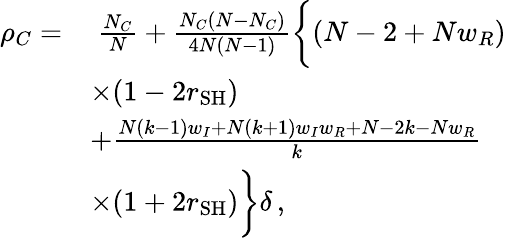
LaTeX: \begin{array}{rl}{\rho_{C}=}&{~\frac{N_{C}}{N}+\frac{N_{C}(N-N_{C})}{4N(N-1)}\bigg\{ (N-2+Nw_{R})}\\ &{\times(1-2r_{\mathrm{SH}})}\\ &{+\frac{N(k-1)w_{I}+N(k+1)w_{I}w_{R}+N-2k-Nw_{R}}{k}}\\ &{\times(1+2r_{\mathrm{SH}})\bigg\} \delta\, ,}\end{array}